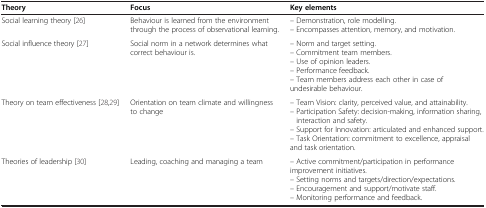
<table><thead><tr><td><b>Theory</b></td><td><b>Focus</b></td><td><b>Key elements</b></td></tr></thead><tbody><tr><td rowspan="2">Social learning theory [26]</td><td rowspan="2">Behaviour is learned from the environment through the process of observational learning.</td><td>– Demonstration, role modelling.</td></tr><tr><td>– Encompasses attention, memory, and motivation.</td></tr><tr><td rowspan="5">Social influence theory [27]</td><td rowspan="5">Social norm in a network determines what correct behaviour is.</td><td>– Norm and target setting.</td></tr><tr><td>– Commitment team members.</td></tr><tr><td>– Use of opinion leaders.</td></tr><tr><td>– Performance feedback.</td></tr><tr><td>– Team members address each other in case of undesirable behaviour.</td></tr><tr><td rowspan="4">Theory on team effectiveness [28,29]</td><td rowspan="4">Orientation on team climate and willingness to change</td><td>– Team Vision: clarity, perceived value, and attainability.</td></tr><tr><td>– Participation Safety: decision-making, information sharing, interaction and safety.</td></tr><tr><td>– Support for Innovation: articulated and enhanced support.</td></tr><tr><td>– Task Orientation: commitment to excellence, appraisal and task orientation.</td></tr><tr><td rowspan="4">Theories of leadership [30]</td><td rowspan="4">Leading, coaching and managing a team</td><td>– Active commitment/participation in performance improvement initiatives.</td></tr><tr><td>– Setting norms and targets/direction/expectations.</td></tr><tr><td>– Encouragement and support/motivate staff.</td></tr><tr><td>– Monitoring performance and feedback.</td></tr></tbody></table>